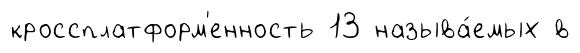
кроссплатформ'енность 13 называ́емых в